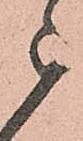
被